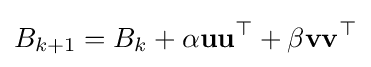
B_{k+1}=B_{k}+\alpha \mathbf {u} \mathbf {u} ^{\top }+\beta \mathbf {v} \mathbf {v} ^{\top }